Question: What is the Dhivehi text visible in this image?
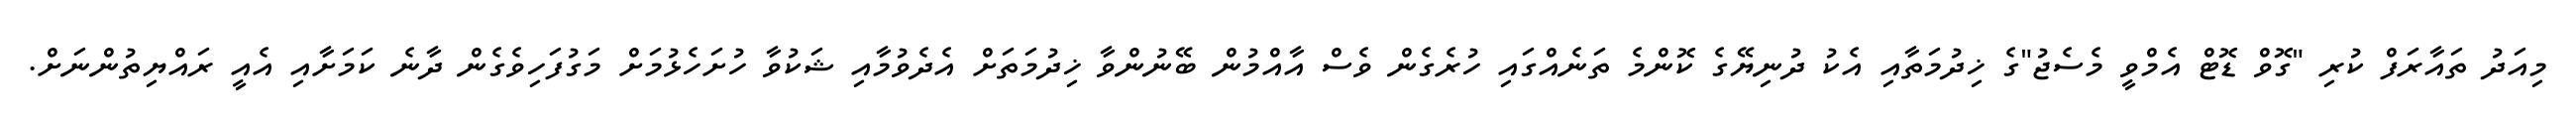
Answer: މިއަދު ތައާރަފް ކުރި "ގޮވް ޑޮޓް އެމްވީ މެސެޖު"ގެ ޚިދުމަތާއި އެކު ދުނިޔޭގެ ކޮންމެ ތަނެއްގައި ހުރެގެން ވެސް އާއްމުން ބޭނުންވާ ޚިދުމަތަށް އެދެވުމާއި ޝަކުވާ ހުށަހެޅުމަށް މަގުފަހިވެގެން ދާނެ ކަމަށާއި އެއީ ރައްޔިތުންނަށް.